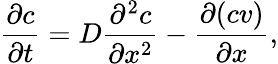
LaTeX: \frac{\partial c}{\partial t}=D\frac{\partial^{2}c}{\partial x^{2}}-\frac{\partial(cv)}{\partial x},